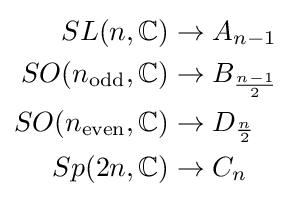
{\begin{aligned}SL(n,\mathbb {C} )&\to A_{n-1}\\SO(n_{\text{odd}},\mathbb {C} )&\to B_{\frac {n-1}{2}}\\SO(n_{\text{even}},\mathbb {C} )&\to D_{\frac {n}{2}}\\Sp(2n,\mathbb {C} )&\to C_{n}\end{aligned}}